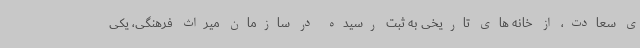
ی سعادت، از خانه های تاریخی به ثبت رسیده در سازمان میراث فرهنگی، یکی